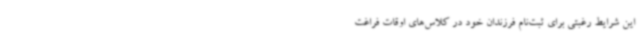
این شرایط رغبتی برای ثبت‌نام فرزندان خود در کلاس‌های اوقات فراغت